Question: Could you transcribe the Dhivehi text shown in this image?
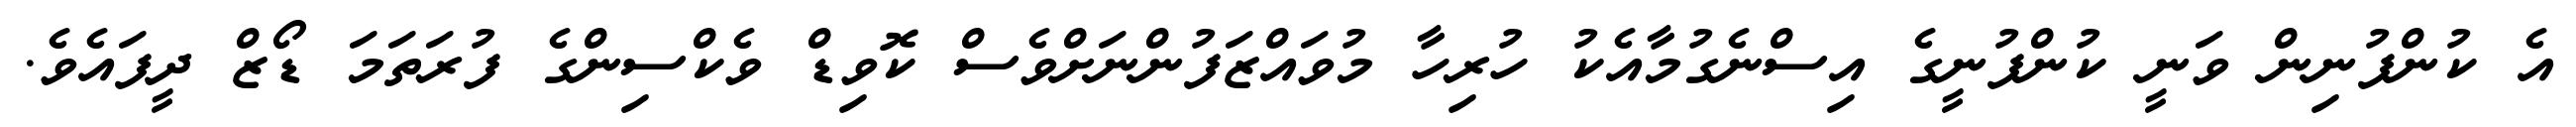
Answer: އެ ކުންފުނިން ވަނީ ކުންފުނީގެ އިސްނެގުމާއެކު ހުރިހާ މުވައްޒަފުންނަށްވެސް ކޮވިޑް ވެކްސިންގެ ފުރަތަމަ ޑޯޒް ދީފައެވެ.